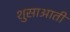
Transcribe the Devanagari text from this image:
शुसाआती